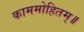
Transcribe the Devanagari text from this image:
काममोहितम्॥